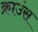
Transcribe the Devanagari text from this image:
क्राउंस